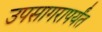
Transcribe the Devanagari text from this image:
उपसागरापर्यंत